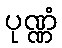
ပုဏ္ဏံ